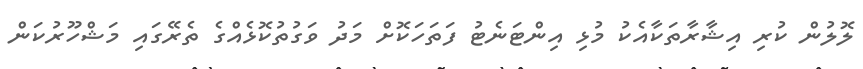
ލޮލުން ކުރި އިޝާރާތަކާއެކު މުޅި އިންޓަނެޓު ފަތަހަކޮށް މަދު ވަގުތުކޮޅެއްގެ ތެރޭގައި މަޝްހޫރުކަން